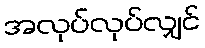
အလုပ်လုပ်လျှင်